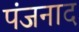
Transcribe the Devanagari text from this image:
पंजनाद